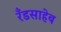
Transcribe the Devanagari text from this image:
रँडसाहेब